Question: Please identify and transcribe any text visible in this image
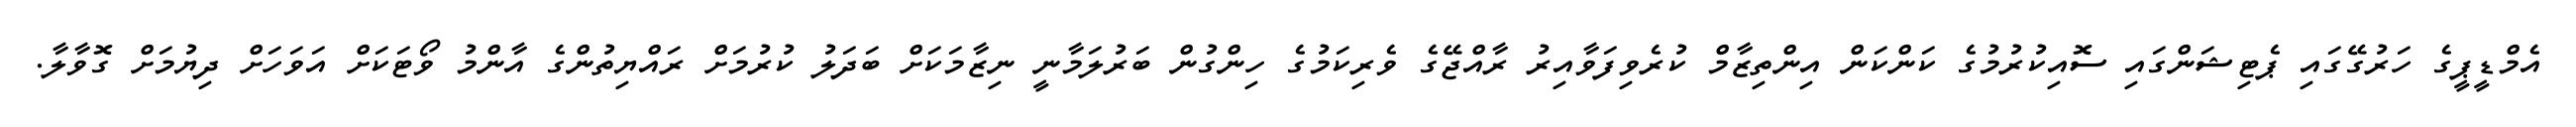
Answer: އެމްޑީޕީގެ ހަރުގޭގައި ޕެޓިޝަންގައި ސޮއިކުރުމުގެ ކަންކަން އިންތިޒާމް ކުރެވިފަވާއިރު ރާއްޖޭގެ ވެރިކަމުގެ ހިންގުން ބަރުލަމާނީ ނިޒާމަކަށް ބަދަލު ކުރުމަށް ރައްޔިތުންގެ އާންމު ވޯޓަކަށް އަވަހަށް ދިޔުމަށް ގޮވާލާ.